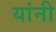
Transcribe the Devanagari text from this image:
यांनी